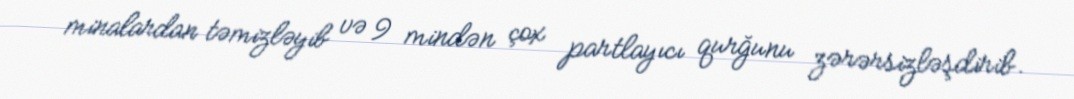
minalardan təmizləyib və 9 mindən çox partlayıcı qurğunu zərərsizləşdirib.